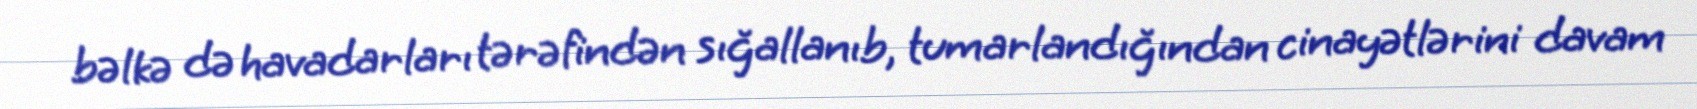
bəlkə də havadarları tərəfindən sığallanıb, tumarlandığından cinayətlərini davam